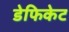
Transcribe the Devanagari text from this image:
डेफिकेट